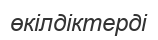
өкілдіктерді